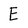
Character: E